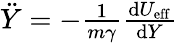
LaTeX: \begin{array}{r}{\ddot{Y}=-{\frac{1}{m\gamma}}{\frac{\mathrm{d}U_{\mathrm{eff}}}{\mathrm{d}Y}}}\end{array}